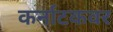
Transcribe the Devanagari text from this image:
कर्नाटकवर